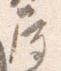
屋